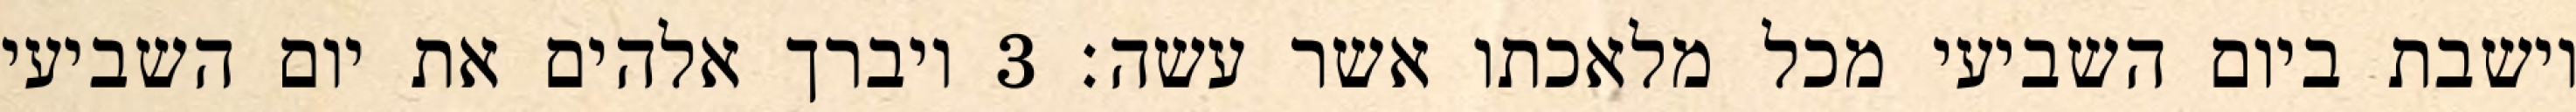
וישבת ביום השביעי מכל מלאכתו אשר עשה׃ ‎3‏ ויברך אלהים את יום השביעי